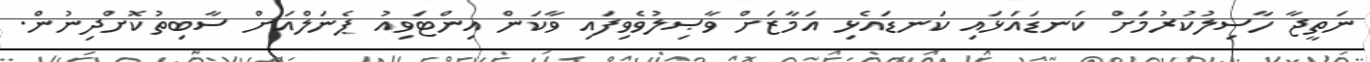
ނަތީޖާ ހާސިލުކުރުމަށް ކަނޑައަޅައި ކަނޑައެޅި އަމާޒަށް ވާޞިލުވެވިފައި ވާކަން އިންޓަވިއު ޕެނަލްއަށް ސާބިތުކޮށްދިނުން.